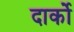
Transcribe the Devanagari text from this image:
दार्को